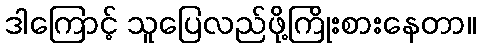
ဒါကြောင့် သူပြေလည်ဖို့ကြိုးစားနေတာ။